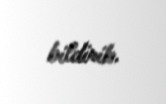
bildirib.